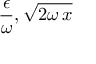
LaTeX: \frac { \epsilon } { \omega } , \sqrt { 2 \omega \, x }